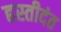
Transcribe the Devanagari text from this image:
हस्तीदंत